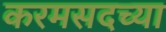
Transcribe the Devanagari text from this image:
करमसदच्या